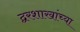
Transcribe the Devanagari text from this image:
द्वरशाखांच्या